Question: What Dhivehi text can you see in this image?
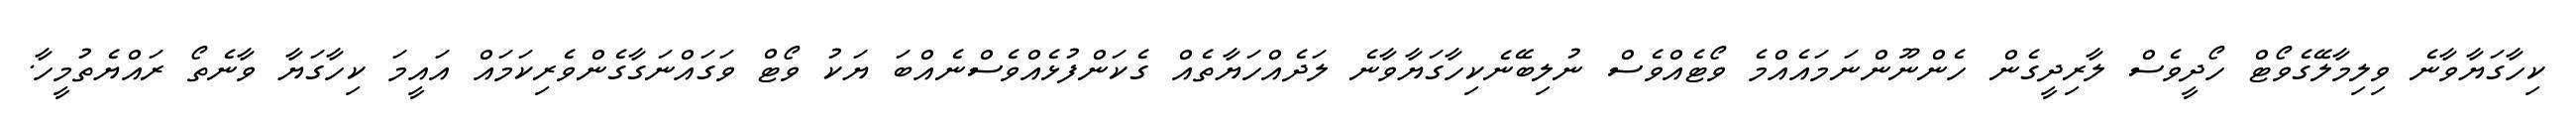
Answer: ކިހާގަޔާވާނެ ވިލިމާލޭގެވޯޓް ހޯދީވެސް ލާރިދީގެން ހެންނޫންނަމައެއްމެ ވޯޓެއްވެސް ނުލިބޭނެކިހާގަޔާވާނެ ލަދެއްހަޔާތެއް ގެކަންފުޅެއްވެސްނެއްބަ ޔަކު ވޯޓް ވަގައްނަގާގެންވެރިކަމައް އައީމަ ކިހާގަޔާ ވާނެތޯ ރައްޔެތުމީހާ.